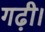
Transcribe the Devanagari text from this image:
गढ़ी।